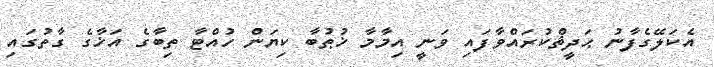
އެކަލޭގެފާނު ޙަދީޘްކުރައްވާފައި ވަނީ އިމާމާ ޚުޠުބާ ކިޔަން ހުއްޓާ ތިބާގެ އަޚާގެ ގާތުގައި